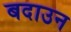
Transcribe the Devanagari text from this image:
बदाउन